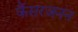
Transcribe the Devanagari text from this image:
कैंसरजनन